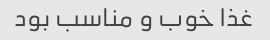
غذا خوب و مناسب بود